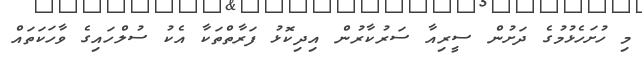
މި ހުށަހެޅުމުގެ ދަށުން ސީރިއާ ސަރުކާރުން އިދިކޮޅު ފަރާތްތަކާ އެކު ސުލްހައިގެ ވާހަކަތައް